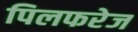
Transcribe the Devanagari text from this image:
पिलफरेज